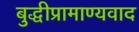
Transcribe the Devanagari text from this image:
बुद्धीप्रामाण्यवाद